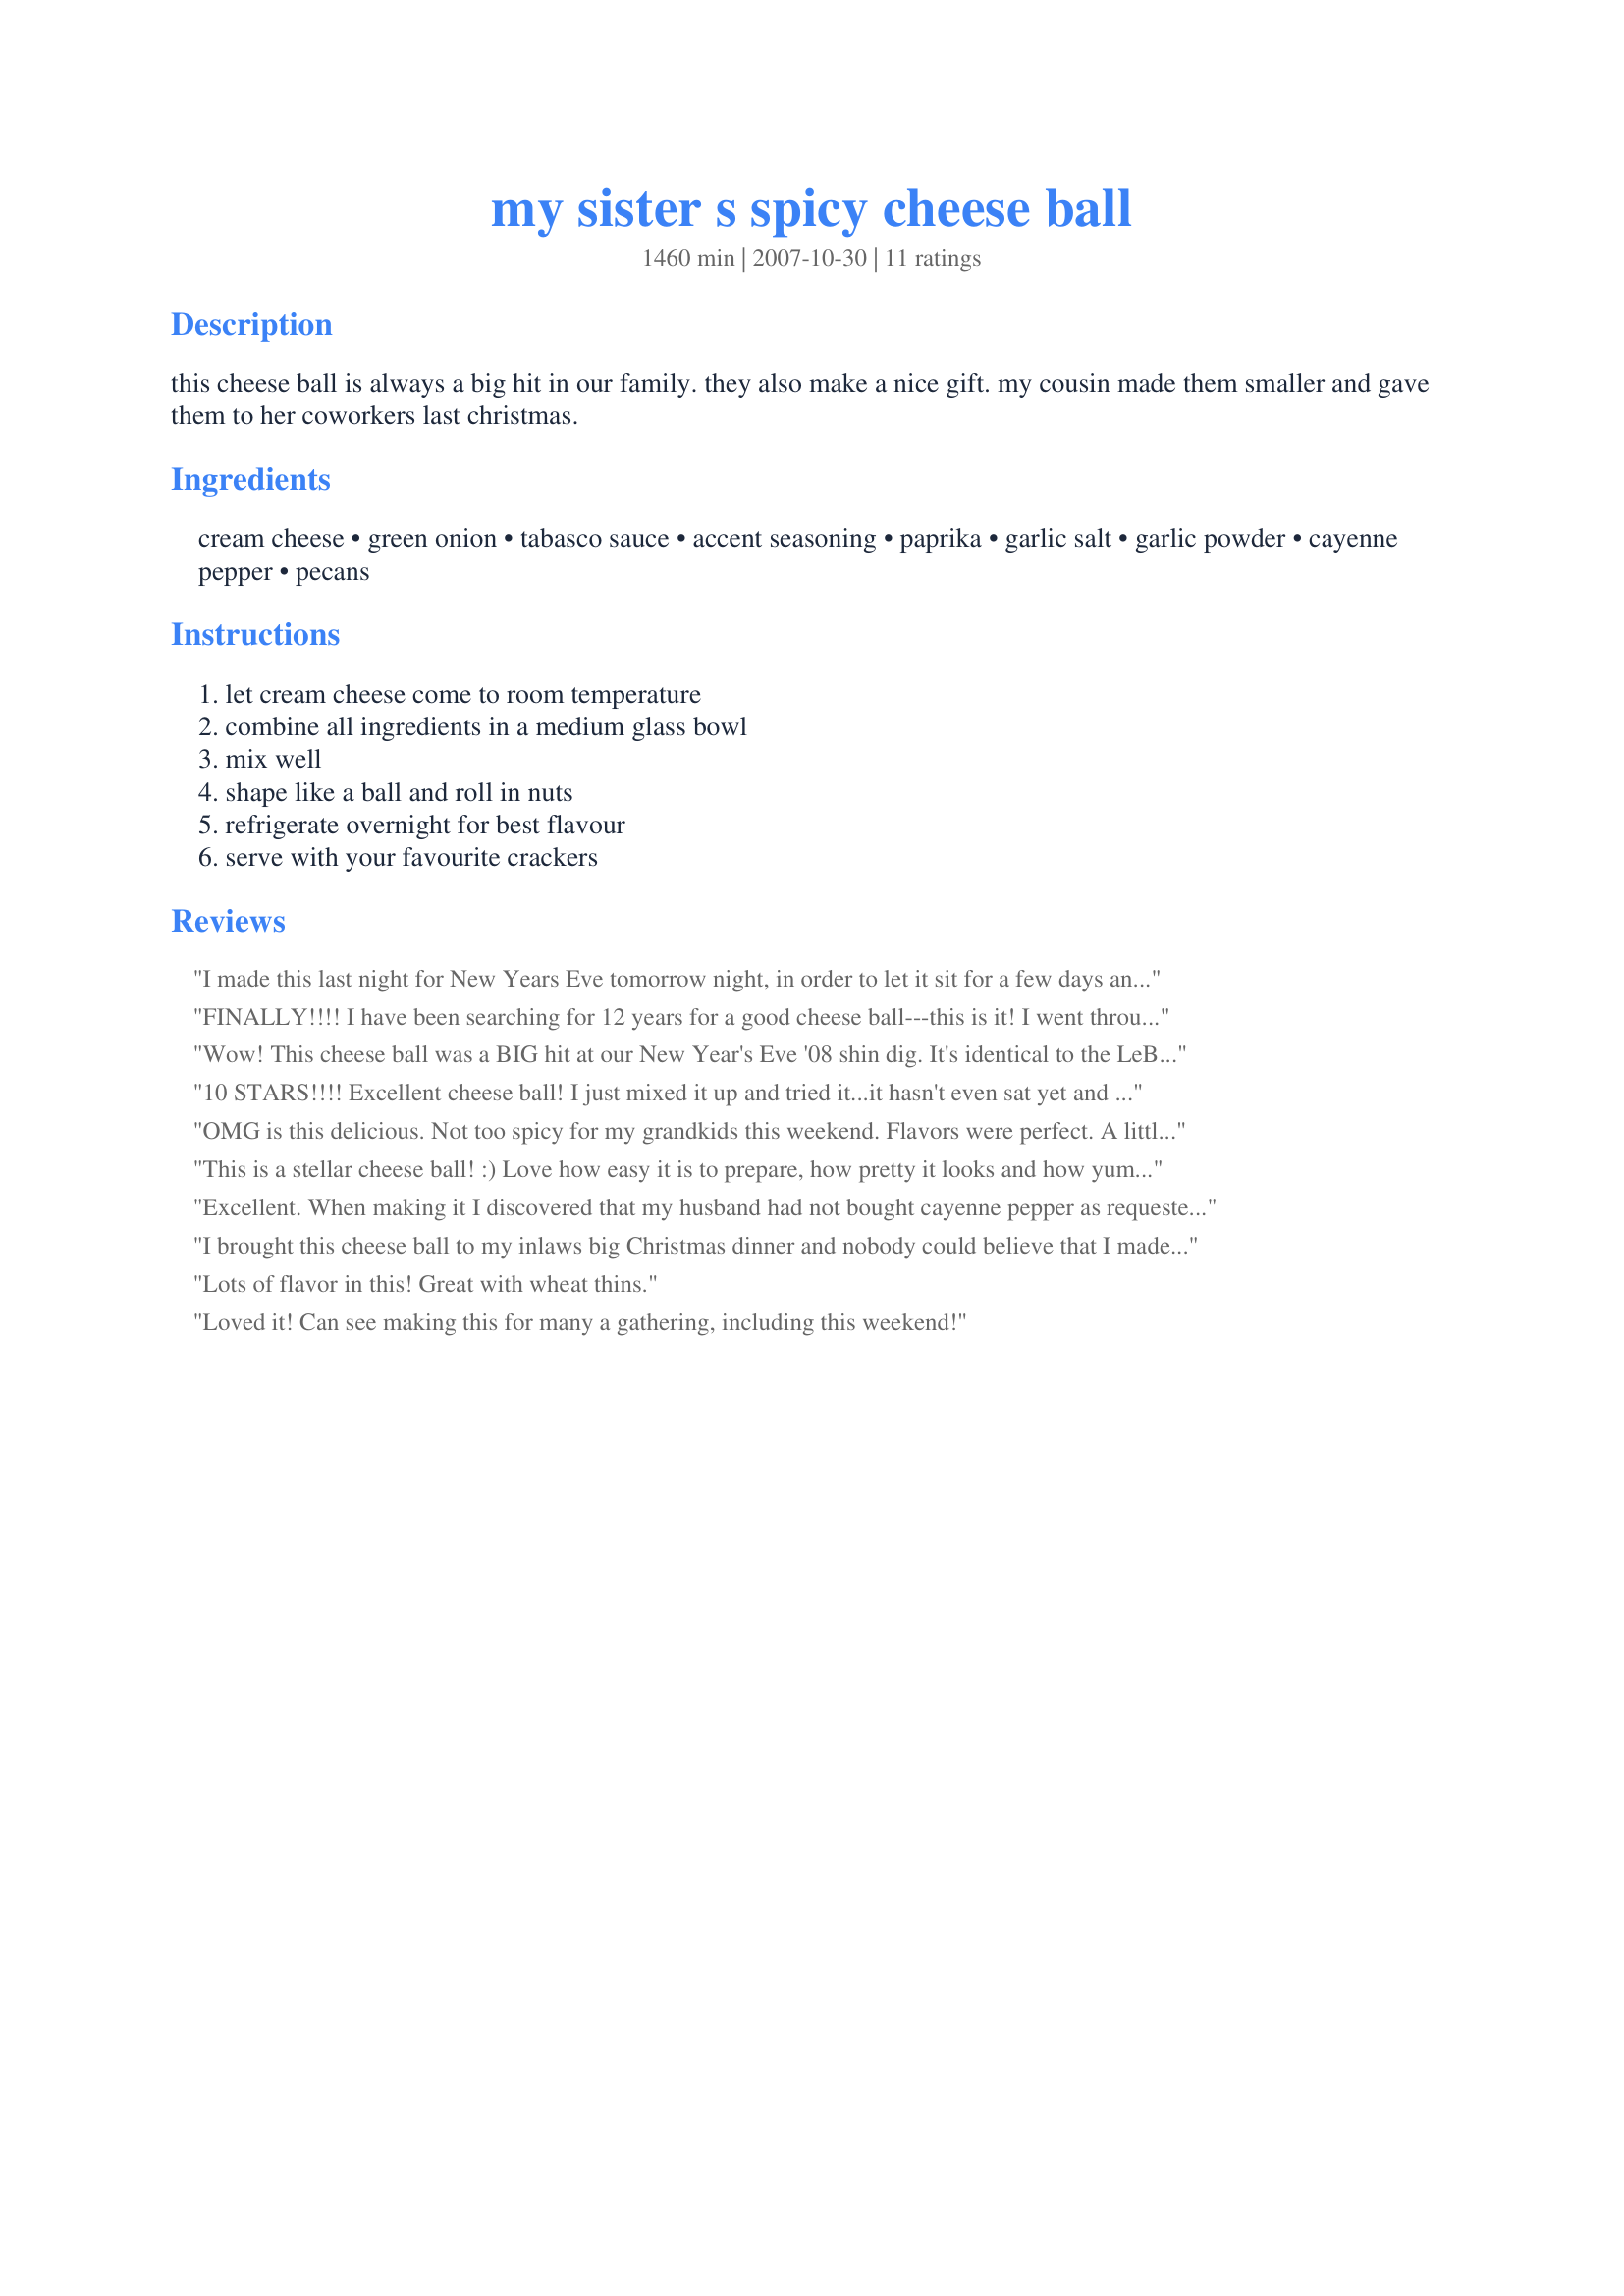
my sister s spicy cheese ball
Preparation time: 1460 minutes

this cheese ball is always a big hit in our family. they also make a nice gift. my cousin made them smaller and gave them to her coworkers last christmas.

Ingredients:
cream cheese, green onion, tabasco sauce, accent seasoning, paprika, garlic salt, garlic powder, cayenne pepper, pecans

Steps:
let cream cheese come to room temperature, combine all ingredients in a medium glass bowl, mix well, shape like a ball and roll in nuts, refrigerate overnight for best flavour, serve with your favourite crackers

Reviews:
I made this last night for New Years Eve tomorrow night, in order to let it sit for a few days and let the flavors really blend -- I must admit I sneaked a few bites for myself before rolling in a ball and it was sooooo good! I also mixed some nuts into the ball and also rolled it in the nuts (I used walnuts). I am sure that this will go like gangbusters at the party and I will report back then! Thanks for posting! Made for PRMR tag!
FINALLY!!!! I have been searching for 12 years for a good cheese ball---this is it! I went through about 30 other recipes & jotted down ingrediants that I could add to the recipe in case it needed tweaking. I followed your recipe exactly as written other than not using accent. I mixed it, tasted it & absolutely nothing else is needed! After only 5 minutes the flavour is fantastic. I can only imagine how yummy it'll be in a day/two when everything really comes together! Thanks for sharing this recipe....my search for a fantastic cheeseball has come to an end, on to the next challenge!
Wow! This cheese ball was a BIG hit at our New Year's Eve '08 shin dig. It's identical to the LeBlanc's cheese ball we can buy locally (famous cheese ball - people travel great distances to buy :-). Lots of flavor, especially after a day or two. Thanks!
10 STARS!!!! Excellent cheese ball! I just mixed it up and tried it...it hasn't even sat yet and it is the best cheese ball I have ever tasted! I will be making this one over and over! Your sister's recipe is a winner for sure! Thanks for sharing!!! :)
OMG is this delicious. Not too spicy for my grandkids this weekend. Flavors were perfect. A little messy to work with but the end result is so worth it. I made as directed using 8 green onions and used walnuts instead of the pecans. May try toasting the nuts next time. thanks Dreamer.
UPDATE: Took what was left of this to our Christmas dinner with the whole family and everyone raved about it. This just keeps getting better the longer it sits. When I make it again I'll make it a day or two ahead of time. Thanks for making me look good.
This is a stellar cheese ball! :) Love how easy it is to prepare, how pretty it looks and how yummy it tastes. Maybe a tad too much onion for my taste, but thats ok.&lt;br/&gt;Thanks so much for sharing this keeper with us, dreamer!&lt;br/&gt;Made and reviewed for Veggie Swap #63 October 2013.
Excellent. When making it I discovered that my husband had not bought cayenne pepper as requested. So I used a little Cajun seasoning and red pepper flakes to make up for it. I also doubled the hot sauce. I took it to work for snack day and it was gone before lunch!
I brought this cheese ball to my inlaws big Christmas dinner and nobody could believe that I made it. They had a store bought one that just kind of sat there while mine was devoured! So full of flavor and just absolutely delicious.
Lots of flavor in this! Great with wheat thins.
Loved it! Can see making this for many a gathering, including this weekend!
Delicious! I made this cheese ball for my family at Christmas; what a huge hit. The level of spice was spot on. Thanks for sharing, Dreamer in Ontario!
